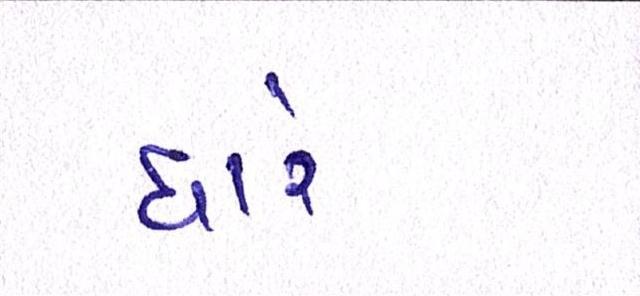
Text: ધારે